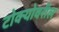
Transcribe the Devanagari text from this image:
टोक्योवरील